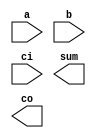
/* This is a
  Multi line comment
  example */
module addbit (
a,
b,
ci,
sum,
co);

// Input Ports  Single line comment
input           a;
input           b;
input           ci;
// Output ports
output         sum;
output         co;
// Data Types      
wire            a;
wire            b;
wire            ci;
wire            sum;
wire            co; 

endmodule